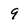
Character: 9